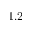
1 . 2 \times